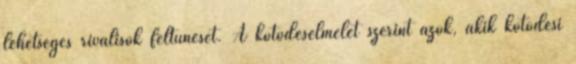
lehetséges riválisok feltűnését. A kötődéselmélet szerint azok, akik kötődési